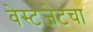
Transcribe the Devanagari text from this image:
वेस्टजेटचा